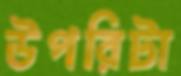
উপরিটা